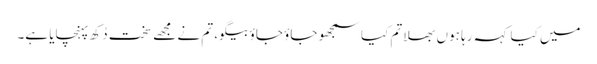
میں کیا کہہ رہا ہوں بھلا تم کیا سمجھو جاؤ جاؤ بیگو، تم نے مجھے سخت دُکھ پہنچایا ہے۔